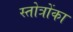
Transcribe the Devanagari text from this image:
स्तोत्रोंका